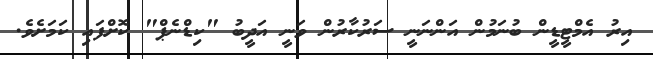
އިރު އެމްޓީޑީން ބުނަމުން އަންނަނީ ސަރުކާރުން ވަނީ އަދީބު "ކިޑްނެޕް" ކޮށްފައި ކަމަށެވެ.